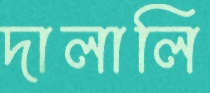
দালালি